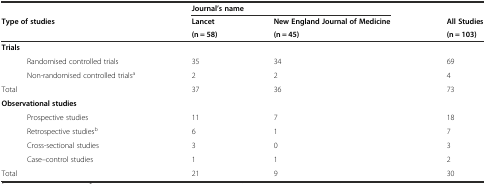
<table><thead><tr><td></td><td colspan="2"><b>Journal’s name</b></td><td></td></tr><tr><td><b>Type of studies</b></td><td><b>Lancet</b></td><td><b>New England Journal of Medicine</b></td><td><b>All Studies</b></td></tr><tr><td></td><td><b>(n = 58)</b></td><td><b>(n = 45)</b></td><td><b>(n = 103)</b></td></tr></thead><tbody><tr><td><b>Trials</b></td><td></td><td></td><td></td></tr><tr><td>Randomised controlled trials</td><td>35</td><td>34</td><td>69</td></tr><tr><td>Non-randomised controlled trials<sup>a</sup></td><td>2</td><td>2</td><td>4</td></tr><tr><td>Total</td><td>37</td><td>36</td><td>73</td></tr><tr><td><b>Observational studies</b></td><td></td><td></td><td></td></tr><tr><td>Prospective studies</td><td>11</td><td>7</td><td>18</td></tr><tr><td>Retrospective studies<sup>b</sup></td><td>6</td><td>1</td><td>7</td></tr><tr><td>Cross-sectional studies</td><td>3</td><td>0</td><td>3</td></tr><tr><td>Case–control studies</td><td>1</td><td>1</td><td>2</td></tr><tr><td>Total</td><td>21</td><td>9</td><td>30</td></tr></tbody></table>